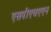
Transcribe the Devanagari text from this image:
एसपीएचएएन